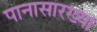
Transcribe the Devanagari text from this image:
पानासारख्या